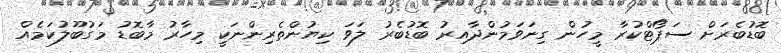
ބޮޑުބެރަށް ސަޕޯޓްކުރާ މީހުން ގިނަވަމުންދާއިރު ބޮޑުބެރު ލަވަ ކިޔުންތެރިންނަކީ މިހާރު މާބޮޑު މަގުބޫލުކަމެއް